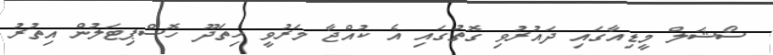
ސޯޝަލް މީޑިއާގައި ދައުރުވި ގޮތުގައި އެ ކުއްޖާ މަރުވީ ހިތަދޫ ހޮސްޕިޓަލުން އިތުރު